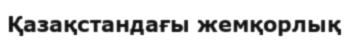
Қазақстандағы жемқорлық